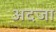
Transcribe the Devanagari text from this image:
अदजा